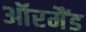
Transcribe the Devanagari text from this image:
ऑरमैंड